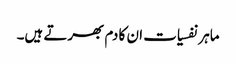
ماہر نفسیات ان کا دم بھرتے ہیں۔